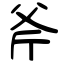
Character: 斧